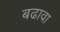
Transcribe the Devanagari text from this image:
बढावा